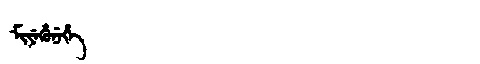
Manchu: ᠮᡳᠶᡝᡥᡠᠨᡝᡥᡝ
Romanization: MIYEHUNEHE